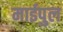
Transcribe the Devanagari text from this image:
माईपुल